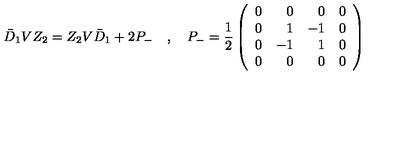
\bar { D } _ { 1 } V Z _ { 2 } = Z _ { 2 } V \bar { D } _ { 1 } + 2 P _ { - } \quad , \quad P _ { - } = \frac { 1 } { 2 } \left( \begin{array} { c r r c } { 0 } & { 0 } & { 0 } & { 0 } \\ { 0 } & { 1 } & { - 1 } & { 0 } \\ { 0 } & { - 1 } & { 1 } & { 0 } \\ { 0 } & { 0 } & { 0 } & { 0 } \\ \end{array} \right)